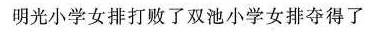
明光小学女排打败了双池小学女排夺得了